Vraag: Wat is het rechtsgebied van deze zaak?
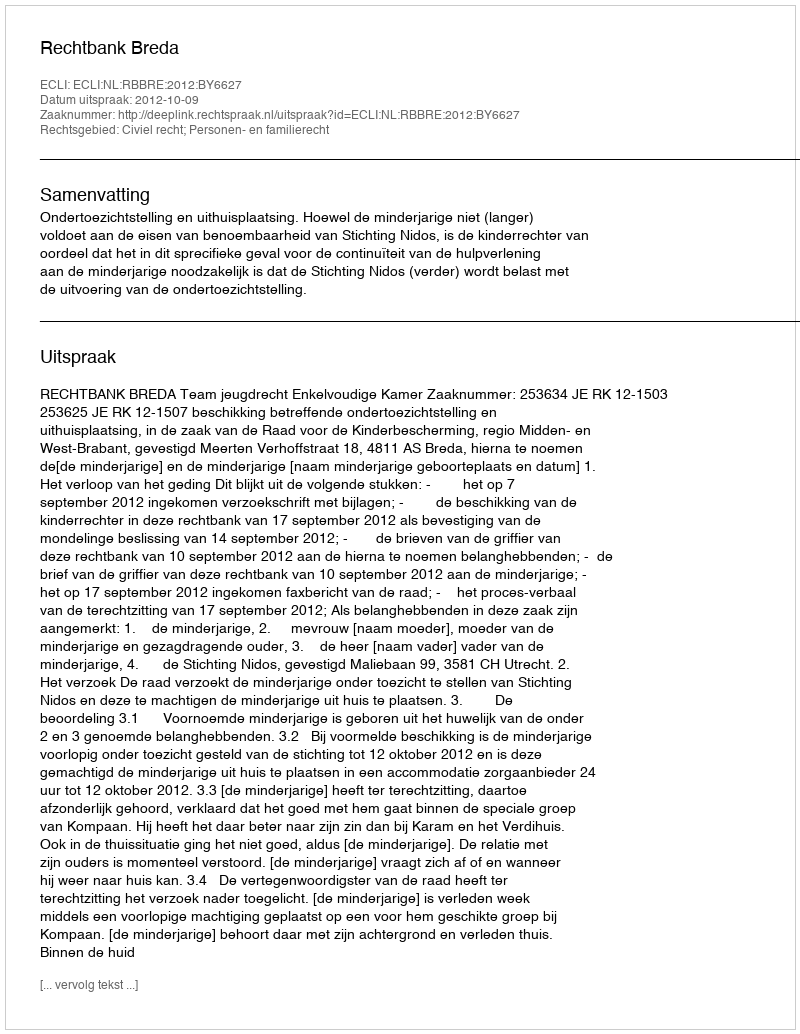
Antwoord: Civiel recht; Personen- en familierecht